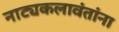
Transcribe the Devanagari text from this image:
नाट्यकलावंतांना